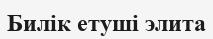
Билік етуші элита